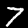
Digit: 7